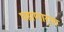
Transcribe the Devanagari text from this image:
पहाणार्‍या